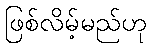
ဖြစ်လိမ့်မည်ဟု